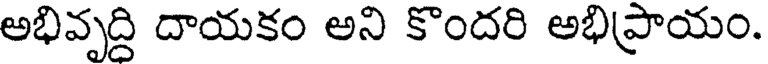
అభివృద్ది దాయకం అని కొందరి అభిప్రాయం.